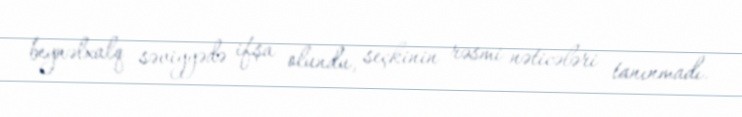
beynəlxalq səviyyədə ifşa olundu, seçkinin rəsmi nəticələri tanınmadı.